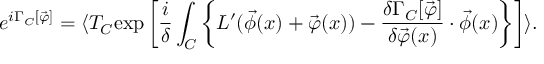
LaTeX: e ^ { i \Gamma _ { C } [ \vec { \varphi } ] } = \langle T _ { C } \mathrm { e x p } \left[ \frac { i } { \delta } \int _ { C } \left\{ { \cal L } ^ { \prime } ( \vec { \phi } ( x ) + \vec { \varphi } ( x ) ) - \frac { \delta \Gamma _ { C } [ \vec { \varphi } ] } { \delta \vec { \varphi } ( x ) } \cdot \vec { \phi } ( x ) \right\} \right] \rangle .